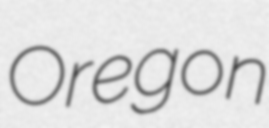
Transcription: Oregon